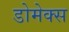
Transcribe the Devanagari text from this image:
डोमेक्स